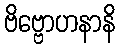
ဗိဗ္ဗောဟနာနိ